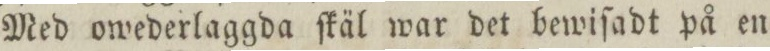
Med owederlaggda ſkäl war det bewiſadt på en